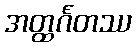
အတ္ထင်္ဂတဿ